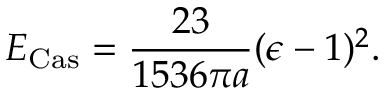
E _ { \mathrm { C a s } } = { \frac { 2 3 } { 1 5 3 6 \pi a } } ( \epsilon - 1 ) ^ { 2 } .